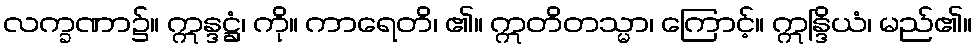
လက္ခဏာ၌။ ဣန္ဒဋ္ဌံ၊ ကို။ ကာရေတိ၊ ၏။ ဣတိတသ္မာ၊ ကြောင့်။ ဣန္ဒြိယံ၊ မည်၏။